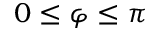
0 \leq \varphi \leq \pi